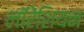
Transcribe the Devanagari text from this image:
लॉरेंशियन